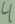
Text: 4